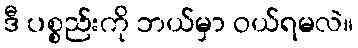
ဒီ ပစ္စည်းကို ဘယ်မှာ ဝယ်ရမလဲ။